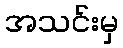
အသင်းမှ